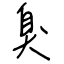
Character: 臭